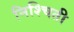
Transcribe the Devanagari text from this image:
निश्‍चिती